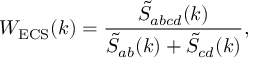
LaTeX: W _ { \mathrm { E C S } } ( k ) = \frac { \tilde { S } _ { a b c d } ( k ) } { \tilde { S } _ { a b } ( k ) + \tilde { S } _ { c d } ( k ) } ,